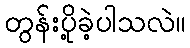
တွန်းပို့ခဲ့ပါသလဲ။